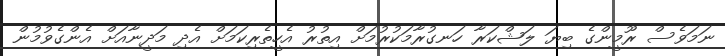
ނަމަވެސް ރޫމީންގެ ބިޔަ ލަޝްކަރާ ހަނގުރާމަކުރުމަށް އިތުރު އެހީތެރިކަމަށް އެދި މަދީނާއަށް އެންގެވުމުން